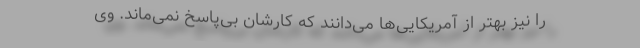
را نیز بهتر از آمریکایی‌ها می‌دانند که کارشان بی‌پاسخ نمی‌ماند. وی